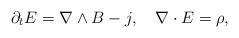
LaTeX: \begin{align*} \partial_t E=\nabla\wedge B-j,\quad\nabla\cdot E=\rho,\end{align*}